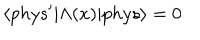
LaTeX: \langle p h y s ^ { \prime } | \Lambda ( x ) | p h y s \rangle = 0